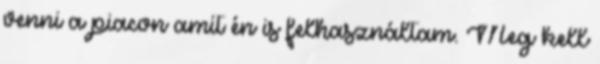
venni a piacon amit én is felhasználtam. Meg kell